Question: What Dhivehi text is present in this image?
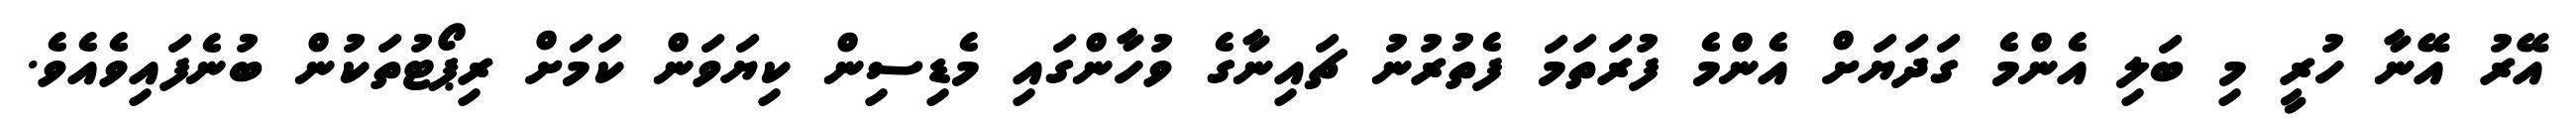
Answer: އޭރު އޭނާ ހުރީ މި ބަލި އެންމެ ގަދަޔަށް އެންމެ ފުރަތަމަ ފެތުރުނު ޗައިނާގެ ވުހާންގައި މެޑިސިން ކިޔަވަން ކަމަށް ރިޕޯޓުތަކުން ބުނެފައިވެއެވެ.